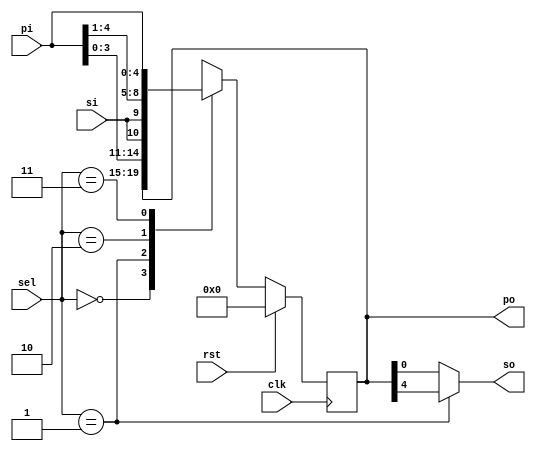
module shift_reg_5bit_universal(po,so,pi,si,clk,rst,sel);
  input si,clk,rst;
  input [1:0] sel;
  input [4:0] pi;
  output reg so;
  output reg [4:0] po;
  always @(posedge clk) begin
    if (rst)
      po <= 5'b0;
    else begin
      case (sel)
        2'b00 : po <= po;
        2'b01 : po <= {pi[3:0],si};
        2'b10 : po <= {si,pi[4:1]};
        2'b11 : po <= pi;
        default: po <= 0;
      endcase
    end
   end
  assign so = (sel==2'b01)?po[4]:po[0];
endmodule